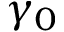
\gamma _ { 0 }